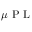
\mu \mathrm { ~ P ~ L ~ }